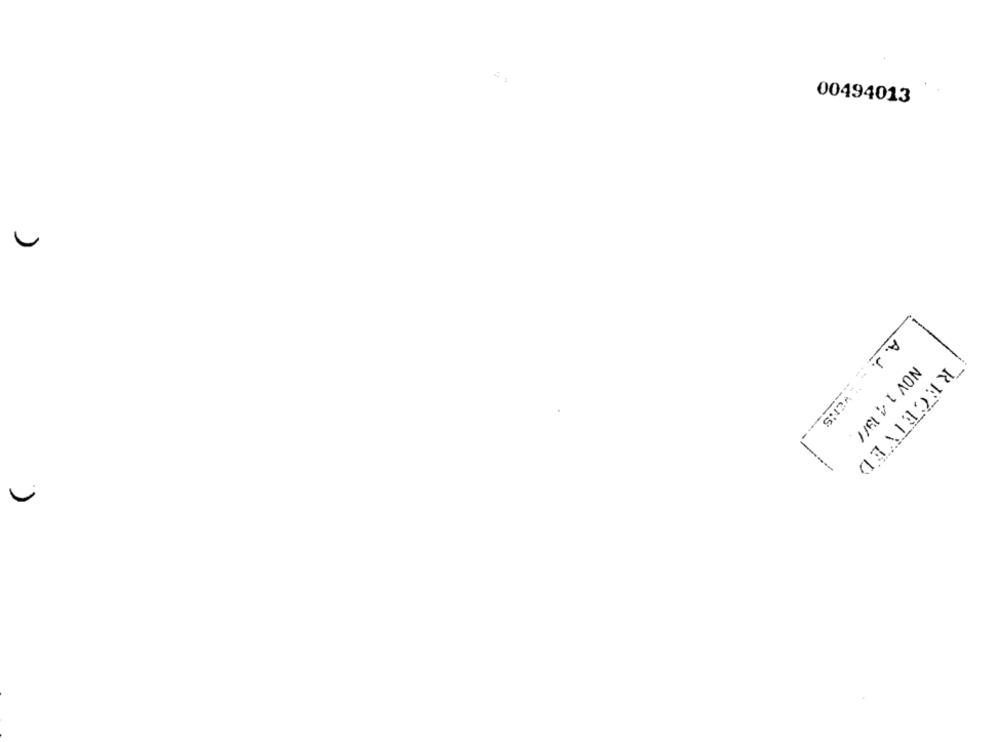
00494013
A. J.
SNZA "
---
NOV 1 4 19//
RECEIVED